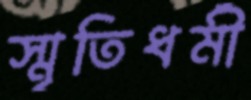
স্মৃতিধর্মী